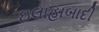
ઇલાહાબાદી